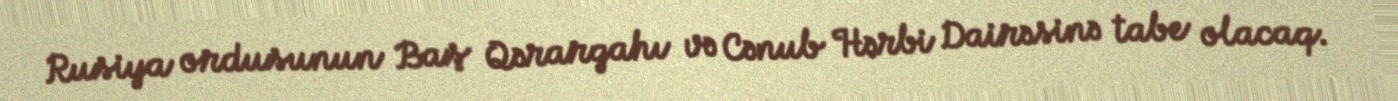
Rusiya ordusunun Baş Qərargahı və Cənub Hərbi Dairəsinə tabe olacaq.